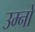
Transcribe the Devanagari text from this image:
उम्नो